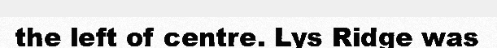
the left of centre. Lys Ridge was